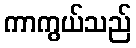
ကာကွယ်သည်